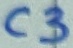
Text: C3